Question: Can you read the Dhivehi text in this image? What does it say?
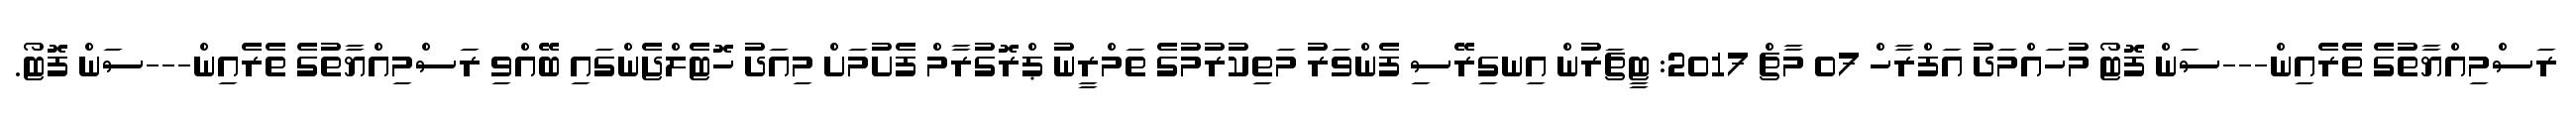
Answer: ރަސްމިއްޔާތުގެ ތެރެއިން---ސަން ފޮޓޯ މުހައްމަދު އަފްރާހް 07 މާޗް 2017: ޓީޗަރުން އިނގިރޭސި ފެންވަރު މަތިކުރުމުގެ ތަމްރީނު ޕްރޮގުރާމް ފެށުމަށް މިއަދު ހޮޓެލްޖެންގައި ބޭއްވި ރަސްމިއްޔާތުގެ ތެރެއިން---ސަން ފޮޓޯ.